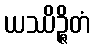
ယဿိဉ္ဇိတံ